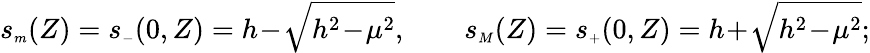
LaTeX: s_{{\scriptscriptstyle m}}(Z)=s_{{\scriptscriptstyle-}}(0,Z)=h\! -\! \sqrt{h^{2}\! -\! \mu^{2}},\qquad s_{{\scriptscriptstyle M}}(Z)=s_{{\scriptscriptstyle+}}(0,Z)=h\! +\! \sqrt{h^{2}\! -\! \mu^{2}};